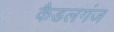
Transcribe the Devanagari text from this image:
कैडलगंज